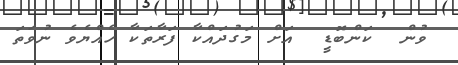
ވުން  ކަންބޮޑީ  އަށް މަގުދައްކާ ފަރާތަކާ ހެއްޔެވެ ނުވަތަ